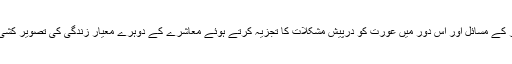
وہ اپنے دور کے مسائل اور اس دور میں عورت کو درپیش مشکلات کا تجزیہ کرتے ہوئے معاشرے کے دوہرے معیارِ زندگی کی تصویر کشی کرتے ہیں۔